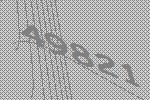
49821